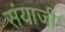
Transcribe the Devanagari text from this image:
संयाजी